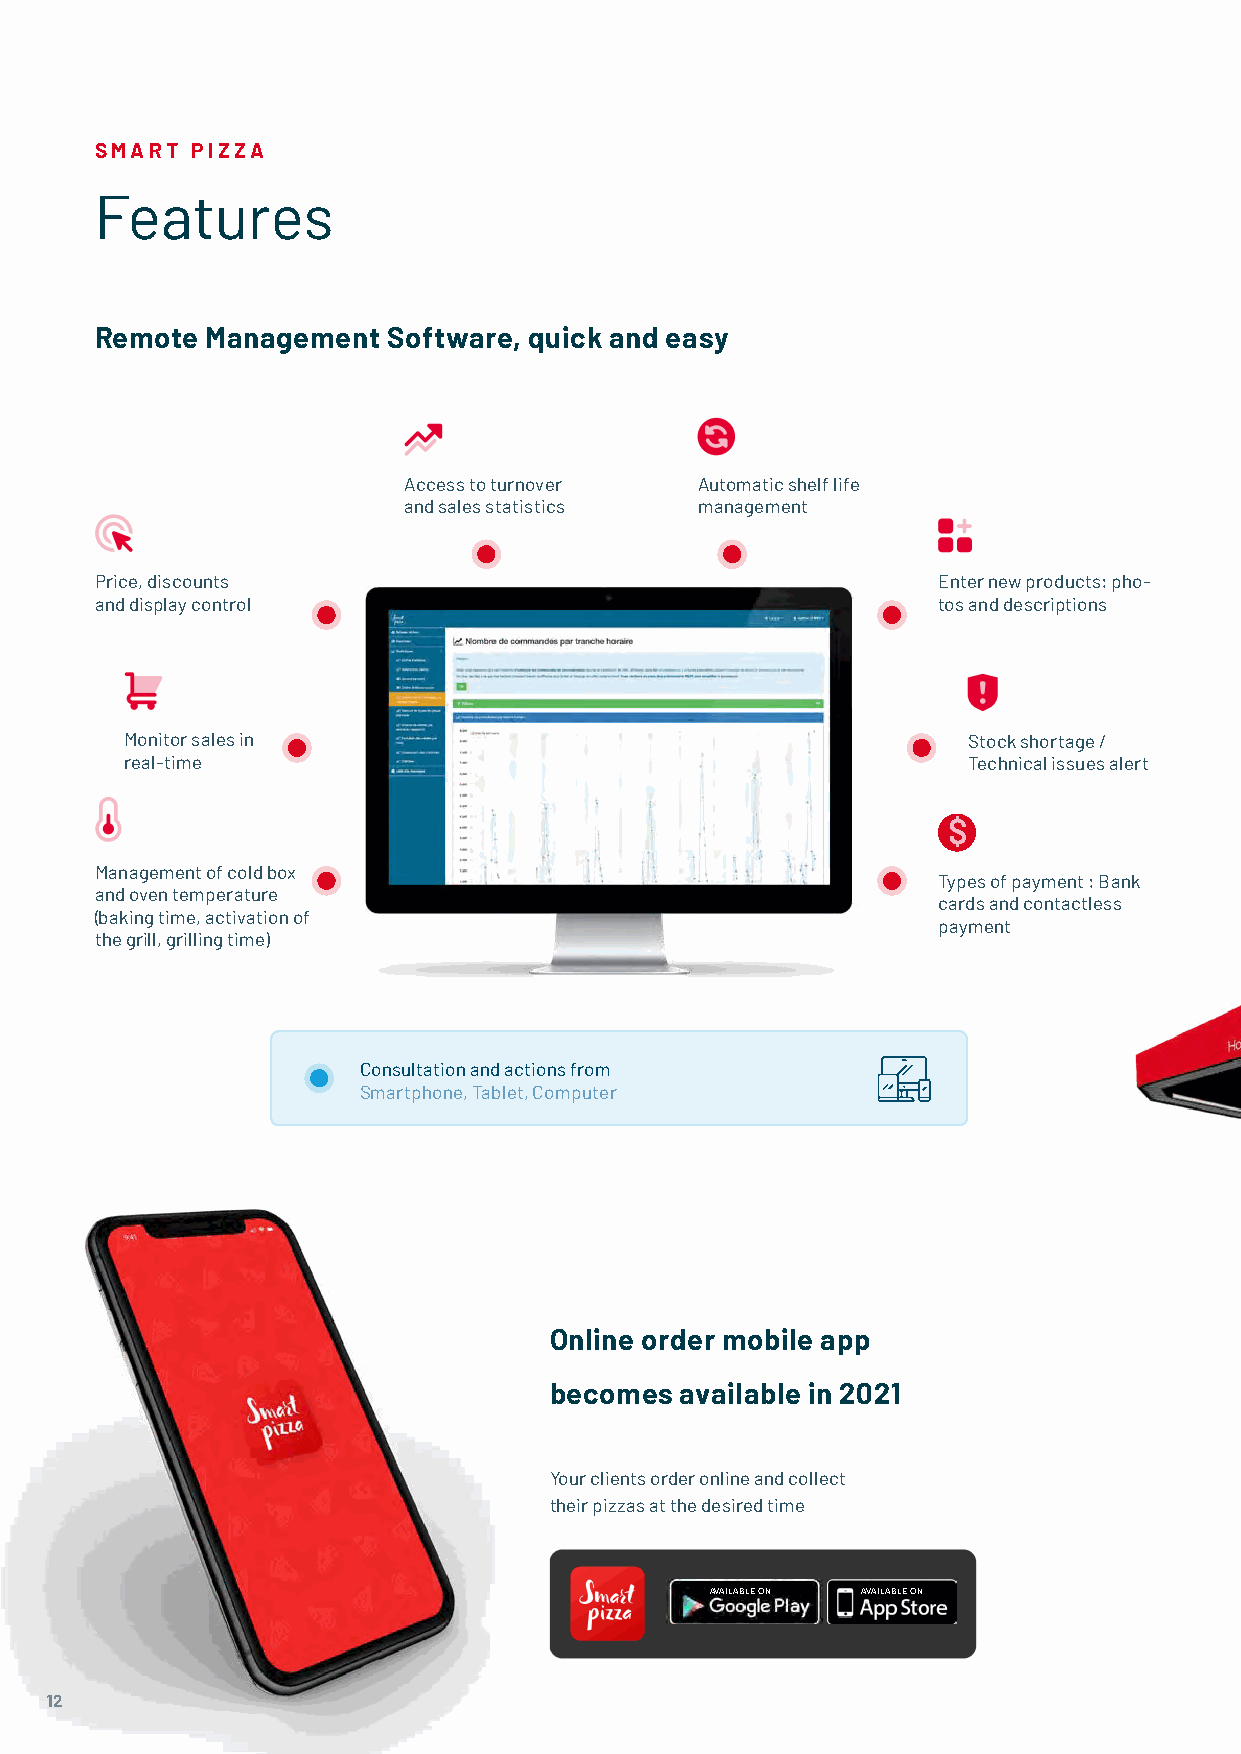
SMART  PIZZA
 Features
 Remote  Management  Software, quick and easy
 Access to turnover Automatic shelf life
 and sales statistics management
 Price, discounts                                        Enter new products: pho-
 and display control                                     tos and descriptions
 Monitor sales in                                        Stock shortage /
 real-time                                               Technical issues alert
 $
 Management of cold box
 Types of payment : Bank
 and oven temperature
 cards and contactless
 (baking time, activation of
 payment
 the grill, grilling time)
 Consultation and actions from
 Smartphone, Tablet, Computer
 Online order mobile app
 becomes  available in 2021
 Your clients order online and collect
 their pizzas at the desired time
 AVAILABLE ON AVAILABLE ON
 1122